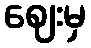
ဈေးမှ